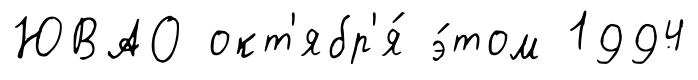
ЮВАО окт'ябр'я́ э́том 1994